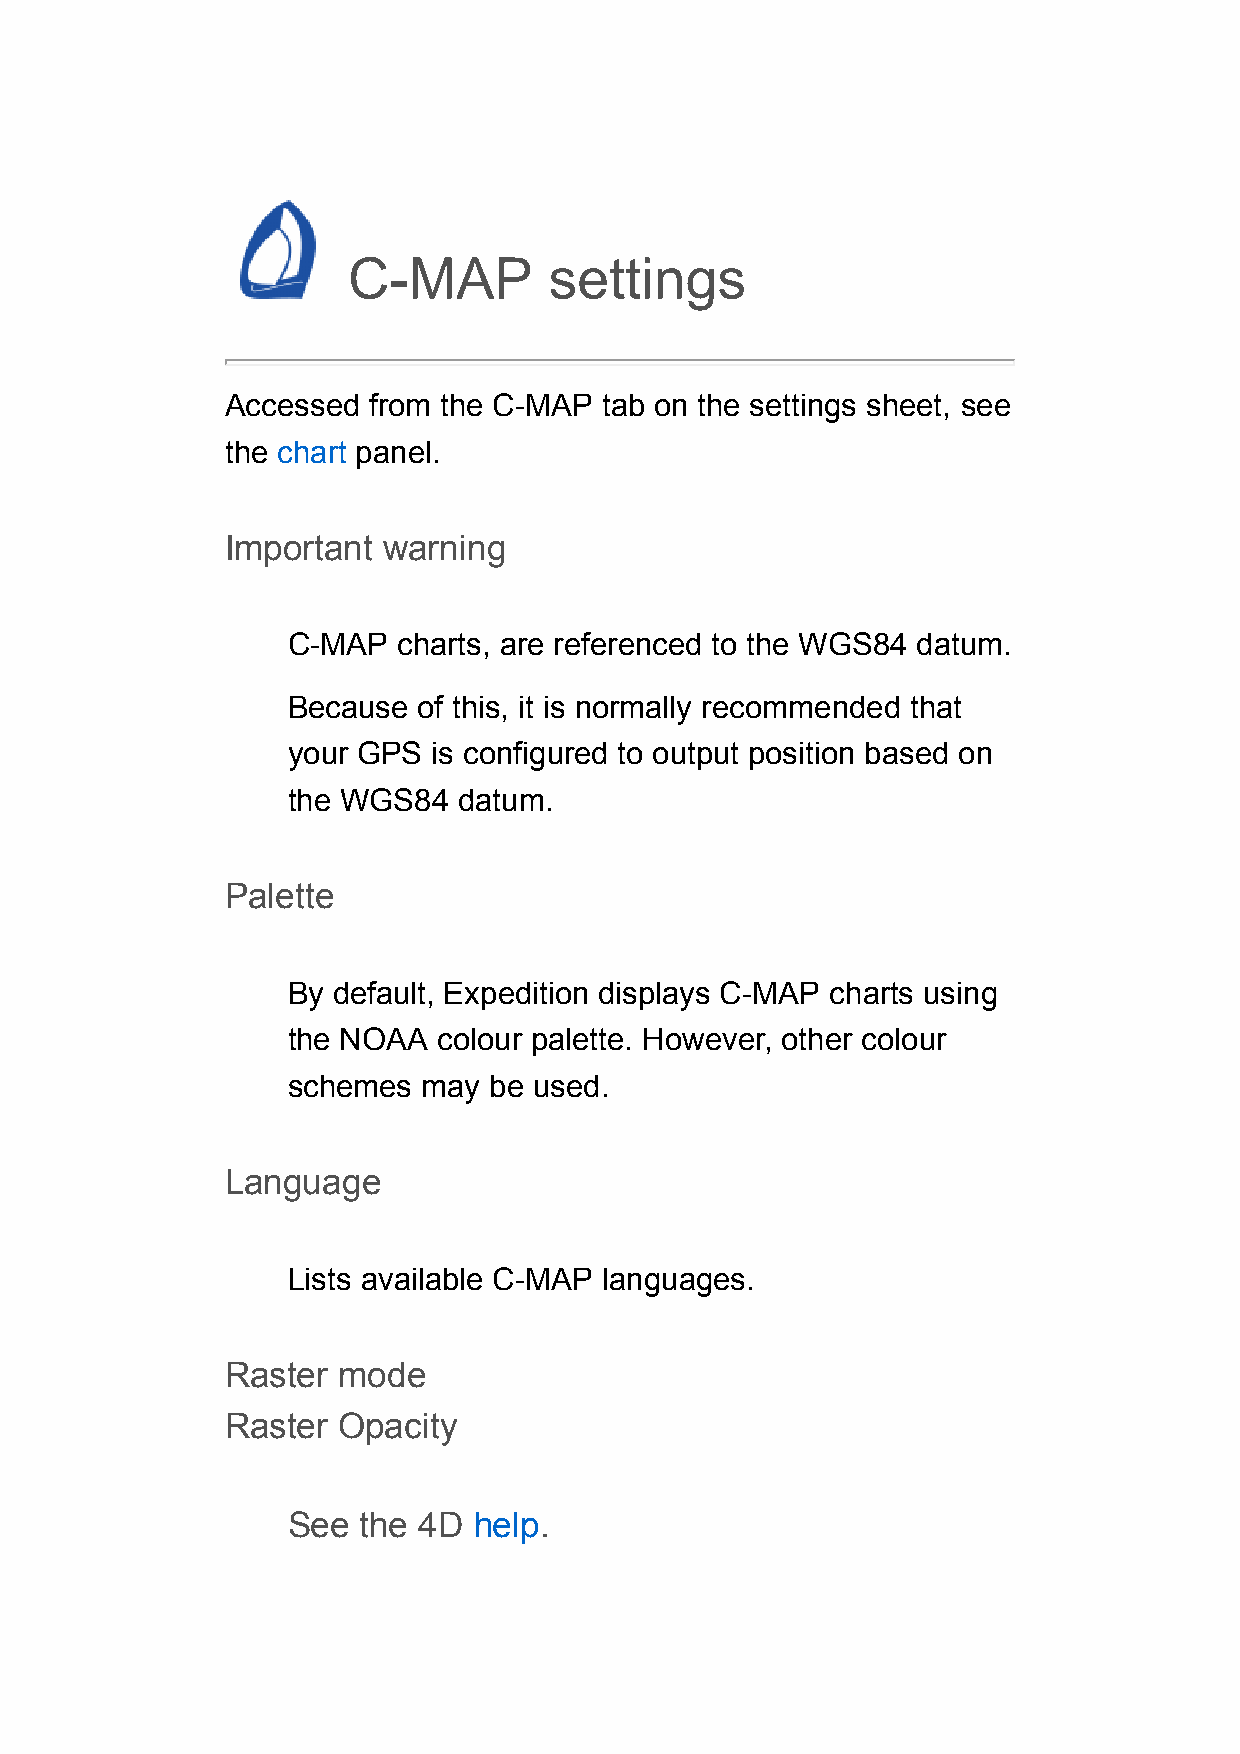
C-MAP        settings
 Accessed from the C-MAP  tab on the settings sheet, see
 the chart panel.
 Important warning
 C-MAP  charts, are referenced to the WGS84 datum.
 Because  of this, it is normally recommended that
 your GPS  is configured to output position based on
 the WGS84  datum.
 Palette
 By default, Expedition displays C-MAP charts using
 the NOAA  colour palette. However, other colour
 schemes  may be used.
 Language
 Lists available C-MAP languages.
 Raster mode
 Raster Opacity
 See  the 4D help.